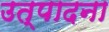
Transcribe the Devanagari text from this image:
उत्पादना